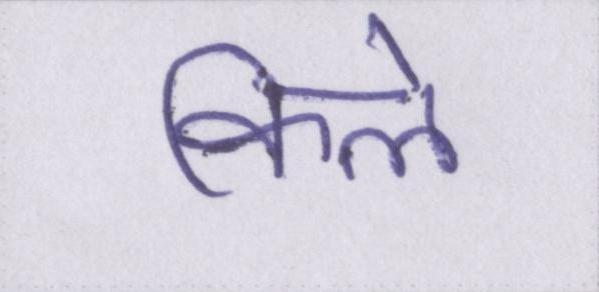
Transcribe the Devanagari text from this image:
किले